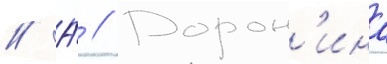
// А́ // Дорон'ина